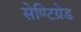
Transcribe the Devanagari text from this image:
सेण्टिग्रेड